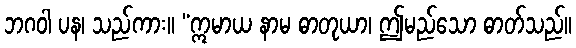
ဘဂဝါ ပန၊ သည်ကား။ “ဣမာယ နာမ ဓာတုယာ၊ ဤမည်သော ဓာတ်သည်။